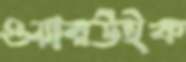
ওয়ারউইক